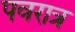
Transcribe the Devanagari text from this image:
पवरात्र